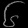
Digit: ၆